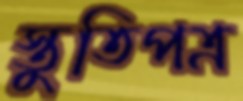
স্তুতিপত্র